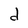
Character: d